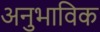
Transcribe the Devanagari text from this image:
अनुभाविक